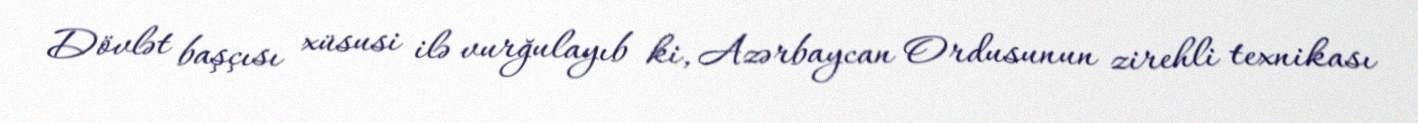
Dövlət başçısı xüsusi ilə vurğulayıb ki, Azərbaycan Ordusunun zirehli texnikası